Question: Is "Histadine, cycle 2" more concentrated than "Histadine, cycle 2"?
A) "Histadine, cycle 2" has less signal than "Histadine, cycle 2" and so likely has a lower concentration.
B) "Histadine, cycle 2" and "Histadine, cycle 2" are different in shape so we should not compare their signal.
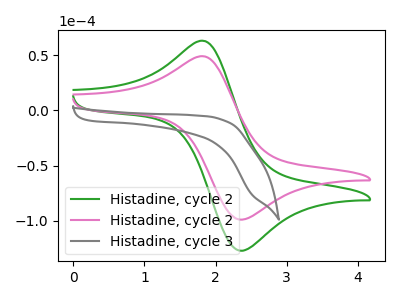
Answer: <think>The green curve "Histadine, cycle 2" has an anodic peak at (1.85V, 62.85uA) and a cathodic peak at (2.35V, -127.25uA). The pink curve "Histadine, cycle 2" has an anodic peak at (1.85V, 48.90uA) and a cathodic peak at (2.35V, -99.05uA). The gray curve "Histadine, cycle 3" has no peaks.
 All the peaks in "Histadine, cycle 2" have a peak in "Histadine, cycle 2" at the same potential. Every peak in "Histadine, cycle 2" is lower than every peak in "Histadine, cycle 2".</think>
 <answer>A) "Histadine, cycle 2" has less signal than "Histadine, cycle 2" and so likely has a lower concentration.</answer>
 <eval>A</eval>